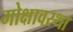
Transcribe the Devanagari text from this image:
मोक्षावस्था